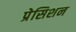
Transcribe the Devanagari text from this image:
प्रेसिशन